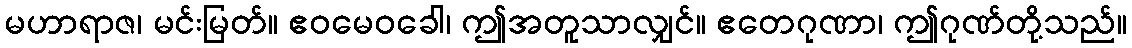
မဟာရာဇ၊ မင်းမြတ်။ ဧဝမေဝခေါ၊ ဤအတူသာလျှင်။ ဧတေဂုဏာ၊ ဤဂုဏ်တို့သည်။